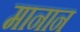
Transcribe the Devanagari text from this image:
मानान